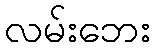
လမ်းဘေး